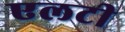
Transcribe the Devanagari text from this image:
एलटी